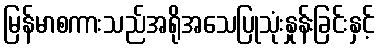
မြန်မာစကားသည်အရိုအသေပြုသုံးနှုန်းခြင်းနှင့်